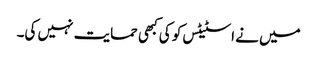
میں نے اسٹیٹس کو کی کبھی حمایت نہیں کی۔